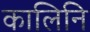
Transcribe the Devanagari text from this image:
कालिनि